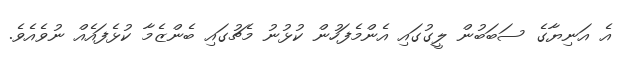
އެ އަނިޔާގެ ސަބަބުން ލީގުގައި އެންމެފަހުން ކުޅުނު މެޗުގައި ބެންޒެމާ ކުޅެފައެއް ނުވެއެވެ.